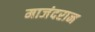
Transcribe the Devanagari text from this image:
माजंदरान